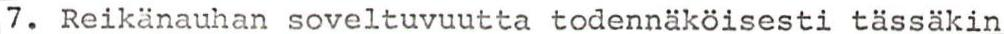
7. Reikänauhan soveltuvuutta todennäköisesti tässäkin